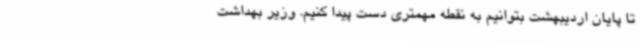
تا پایان اردیبهشت بتوانیم به نقطه مهمتری دست پیدا کنیم. وزیر بهداشت